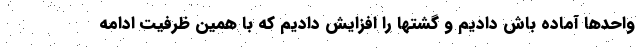
واحدها آماده باش دادیم و گشتها را افزایش دادیم که با همین ظرفیت ادامه